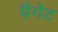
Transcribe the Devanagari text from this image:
पैगेट